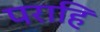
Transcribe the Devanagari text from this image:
पराहि